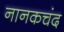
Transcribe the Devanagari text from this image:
नानकचंद